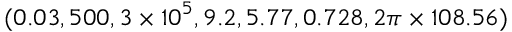
( 0 . 0 3 , 5 0 0 , 3 \times { 1 0 } ^ { 5 } , 9 . 2 , 5 . 7 7 , 0 . 7 2 8 , 2 \pi \times 1 0 8 . 5 6 )